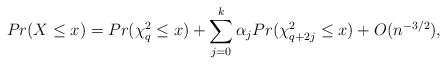
\begin{align*}Pr(X \leq x)=Pr(\chi^2_q \leq x) +\sum_{j=0}^k \alpha_j Pr(\chi^2_{q+2j} \leq x)+O(n^{-3/2}),\end{align*}